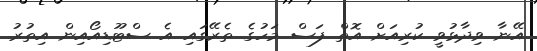
އޭނާ ވިދާޅުވީ ކުރިއަށް އޮތް ފަސް މަހުގެ ތެރޭގައި އެ ސްޓޫޑިއޯއިން އިތުރު